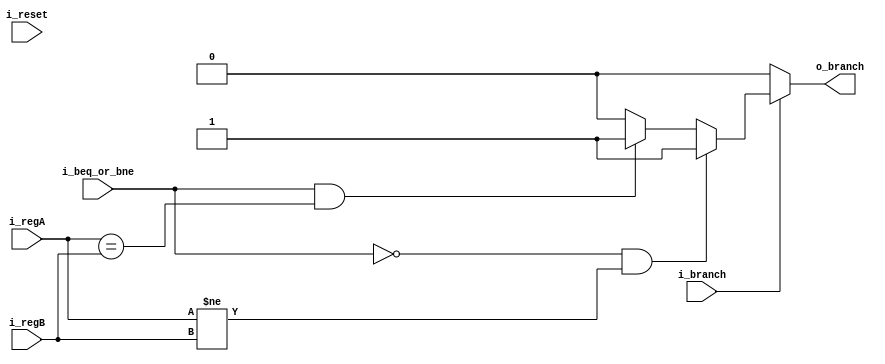
`timescale 1ns / 1ps
//////////////////////////////////////////////////////////////////////////////////
// Company: UNC FCEFyN
// 
// Design Name: 
// Module Name: U_BRANCH
// Project Name: MIPS
// Target Devices: 
// Tool Versions: 
// Description: 
// 
// Dependencies: 
// 
// Revision:
// Revision 0.01 - File Created
// Additional Comments:
// 
//////////////////////////////////////////////////////////////////////////////////


module U_BRANCH
    #(  //PARAMETERS
        parameter DATA_WIDTH = 32
    )
    (   //INPUTS
        input                       i_reset,
        input                       i_branch,
        input [DATA_WIDTH - 1:0]    i_regA,
        input [DATA_WIDTH - 1:0]    i_regB,
        input                       i_beq_or_bne,
        //OUTPUTS
        output                      o_branch
    );

    reg branch;

    assign o_branch = branch;

    always @(*) begin
        branch = 1'b0;
        if(i_reset) begin
            branch = 1'b0;
        end
        if(i_branch) begin
            if((i_beq_or_bne) && (i_regA == i_regB))  branch = 1'b1;    
            if((!i_beq_or_bne) && (i_regA != i_regB)) branch = 1'b1;
        end
    end
endmodule